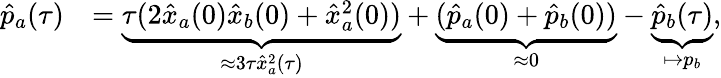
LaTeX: \begin{array}{rl}{\hat{p}_{a}(\tau)}&{=\underbrace{\tau(2\hat{x}_{a}(0)\hat{x}_{b}(0)+\hat{x}_{a}^{2}(0))}_{\approx 3\tau\hat{x}_{a}^{2}(\tau)}+\underbrace{(\hat{p}_{a}(0)+\hat{p}_{b}(0))}_{\approx 0}-\underbrace{\hat{p}_{b}(\tau)}_{\mapsto p_{b}},}\end{array}